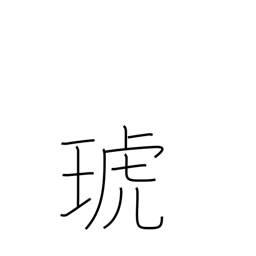
Meaning: jewelled utensil